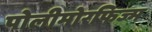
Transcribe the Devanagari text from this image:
पोलीमोरफिज्म